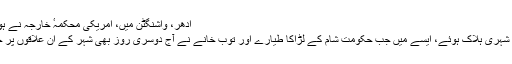
ادھر، واشنگٹن میں، امریکی محکمہٴ خارجہ نے ہونے والے اِن نئے حملوں پر روس کی مذمت کی ہے
گذشتہ 24 گھنٹوں کے دوران حلب میں کم از کم 32 شہری ہلاک ہوئے، ایسے میں جب حکومتِ شام کے لڑاکا طیارے اور توب خانے نے آج دوسری روز بھی شہر کے اُن علاقوں پر حملے جاری رکھے جو باغیوں کے زیر کنٹرول ہیں۔